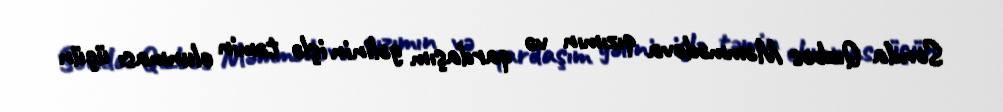
Sonda Qızbəs Məmmədova qızımın və qardaşım gəlinin işlə təmin olunması üçün